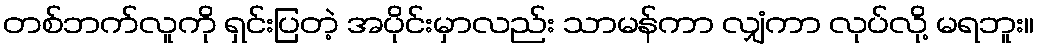
တစ်ဘက်လူကို ရှင်းပြတဲ့ အပိုင်းမှာလည်း သာမန်ကာ လျှံကာ လုပ်လို့ မရဘူး။